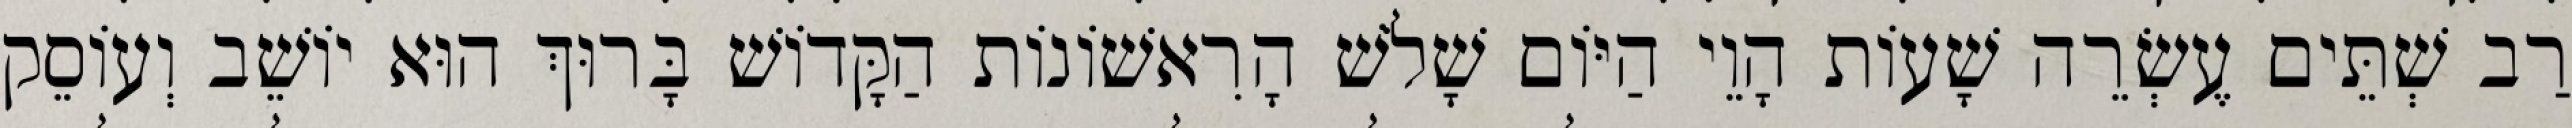
רַב שְׁתֵּים עֶשְׂרֵה שָׁעוֹת הָוֵי הַיּוֹם שָׁלֹשׁ הָרִאשׁוֹנוֹת הַקָּדוֹשׁ בָּרוּךְ הוּא יוֹשֵׁב וְעוֹסֵק